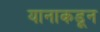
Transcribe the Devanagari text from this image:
यानाकडून